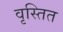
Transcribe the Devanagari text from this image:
वृस्तित